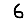
Digit: 6